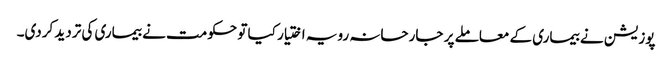
پوزیشن نے بیماری کے معاملے پر جارحانہ رویہ اختیار کیا تو حکومت نے بیماری کی تردید کردی۔